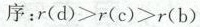
序：r(d)>r(c)>r(b)